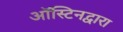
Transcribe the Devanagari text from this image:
ऑस्टिनद्वारा